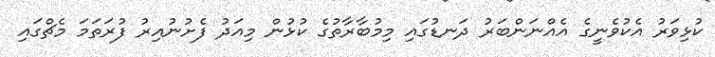
ކުޅިވަރު އެކުވެނީގެ އެއްނަންބަރު ދަނޑުގައި މިމުބާރާތުގެ ކުޅުން މިއަދު ފެށުނުއިރު ފުރަތަމަ މެޗްގައި